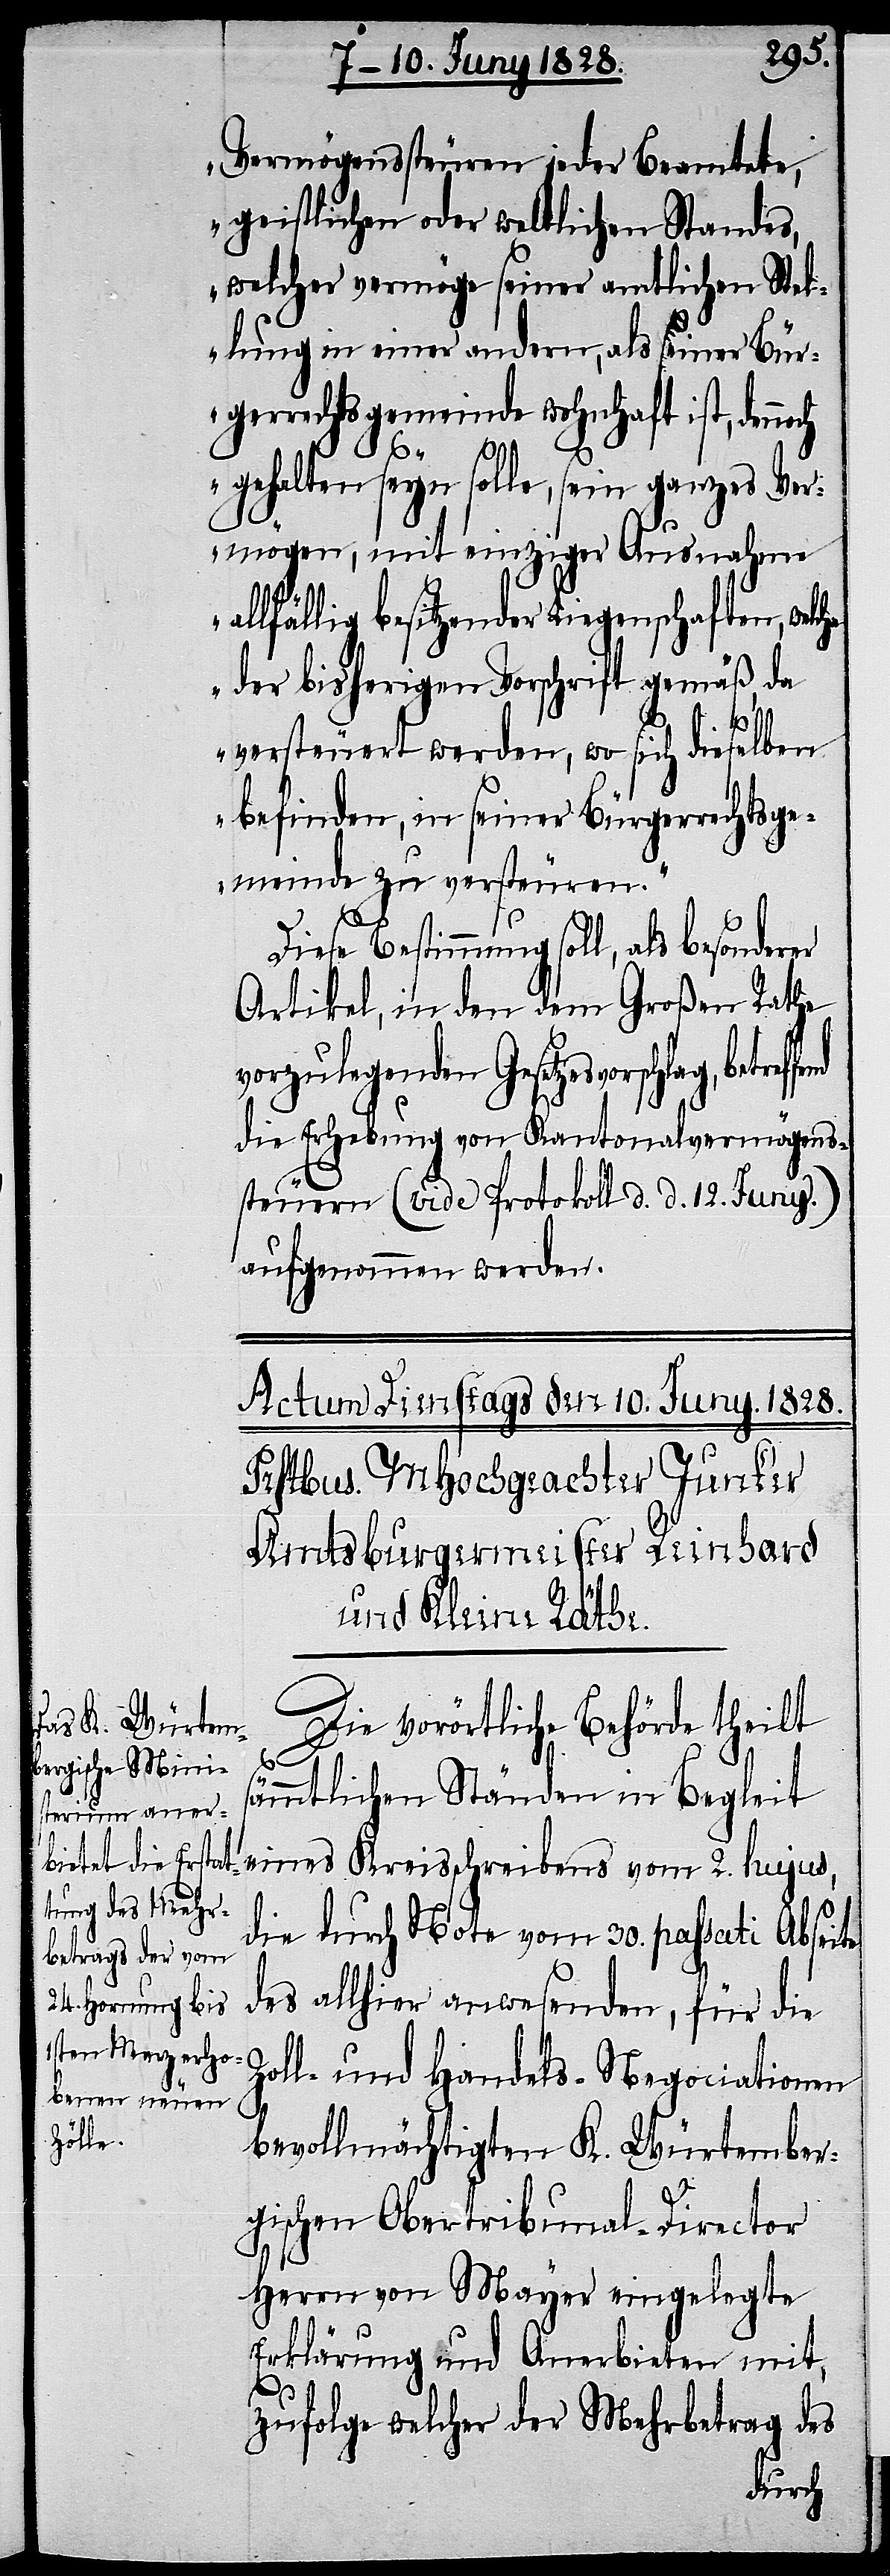
Vermögenssteuren jeder Beamtete,
geistlichen oder weltlichen Standes,
welcher vermöge seiner amtlichen Stel¬
lung in einer andern, als seiner Bür¬
gerrechtsgemeinde wohnhaft ist, den¬
noch
h¬
gehalten seyn solle, sein ganzes Ver¬
mögen, mit einziger Ausnahme
allfällig besitzender Liegenschaften, welc¬
e der bisherigen Vorschrift gemäß, da
versteuert werden, wo sich dieselben
befinden, in seiner Bürgerrechtsge¬
meinde zu versteuren.“
Diese Bestimmung soll, als besonderer
Artikel, in den dem Großen Rathe
vorzulegenden Gesetzesvorschlag,
die Erhebung von Kantonalvermögens¬
steuern (vide Protokoll d. d. 12. Juny.)
aufgenommen werden.
Die vorörtliche Behörde theilt
s¬
ämmtlichen Ständen in Begleit
eines Kreisschreiben vom 2. hujus,
die durch Note vom 30. passati Abseite
des allhier anwesenden, für die
Zoll- und Handels-Negociationen
bevollmächtigten K. Würtember¬
gischen Obertribunal-Director
Herr von Mayer eingelegte
Erklärung und Anerbieten mit,
zufolge welcher der Mehrbetrag des